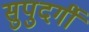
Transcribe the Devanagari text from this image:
सुपुदर्गी